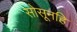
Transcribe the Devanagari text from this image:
सोसूनहि